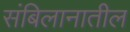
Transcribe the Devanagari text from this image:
संबिलानातील